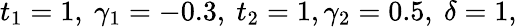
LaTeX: t_{1}=1,\ \gamma_{1}=-0.3,\ t_{2}=1,\gamma_{2}=0.5,\ \delta=1,